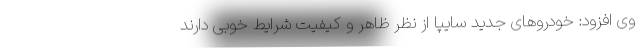
وی افزود: خودروهای جدید سایپا از نظر ظاهر و کیفیت شرایط خوبی دارند